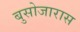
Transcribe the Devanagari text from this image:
बुसोजारास